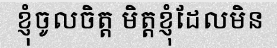
ខ្ញុំចូលចិត្ត មិត្តខ្ញុំដែលមិន